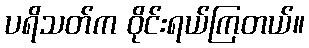
ပရိသတ်က ဝိုင်းရယ်ကြတယ်။